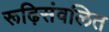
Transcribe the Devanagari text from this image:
रूढ़िसंवलित